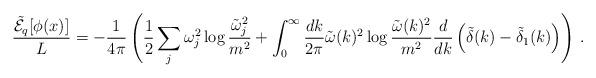
LaTeX: \begin{align*}\frac{\tilde{\cal E}_q[\phi(x)]}{L} = -\frac{1}{4\pi} \left(\frac{1}{2} \sum_j \omega_j^2 \log \frac{\tilde \omega_j^2}{m^2}+ \int_0^\infty \frac{dk}{2\pi} \tilde \omega(k)^2 \log\frac{\tilde \omega(k)^2}{m^2} \frac{d}{dk}\left(\tilde\delta(k) - \tilde\delta_1(k) \right) \right) \,.\end{align*}